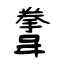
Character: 韏